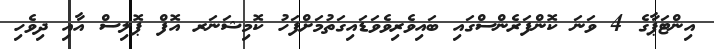
އިންޓަޕާގެ 4 ވަނަ ކޮންފަރެންސްގައި ބައިވެރިވެވަޑައިގަތުމަށްފަހު ކޮމިޝަނަރ އޮފް ޕޮލިސް އާއި ދިވެހި